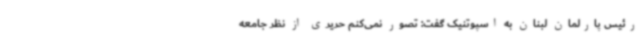
رئیس پارلمان لبنان به اسپوتنیک گفت: تصور نمی‌کنم حریری از نظر جامعه